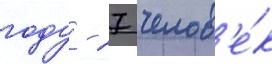
году - 27 челов'е́к